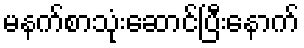
မနက်စာသုံးဆောင်ပြီးနောက်